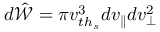
d \hat { \mathcal { W } } = \pi v _ { { t h } _ { s } } ^ { 3 } d v _ { \parallel } d v _ { \perp } ^ { 2 }